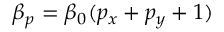
\beta _ { p } = \beta _ { 0 } ( p _ { x } + p _ { y } + 1 )